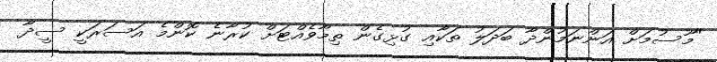
"މޫސުމަށް އަންނަމުންދާ ބަދަލު ތަކާއި ގުޅިގެން ތިމާވެއްޓަށް ކުރާނެ ކޮންމެ އަސަރަކީ ސީދާ